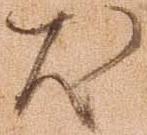
尤